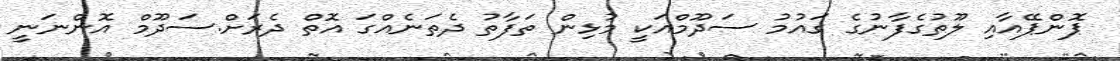
ޕޮންޕޭއާއި ލޫތުގެފާނުގެ ގައުމު ސަދޫމްއަކީ މުޅިން ތަފާތު ދެތަނެއްގަ އޮތް ދެރަށް.ސަދޫމް އޮންނަނީ